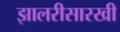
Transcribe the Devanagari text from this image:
झालरीसारखी